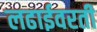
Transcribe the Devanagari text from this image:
लढाईवरती